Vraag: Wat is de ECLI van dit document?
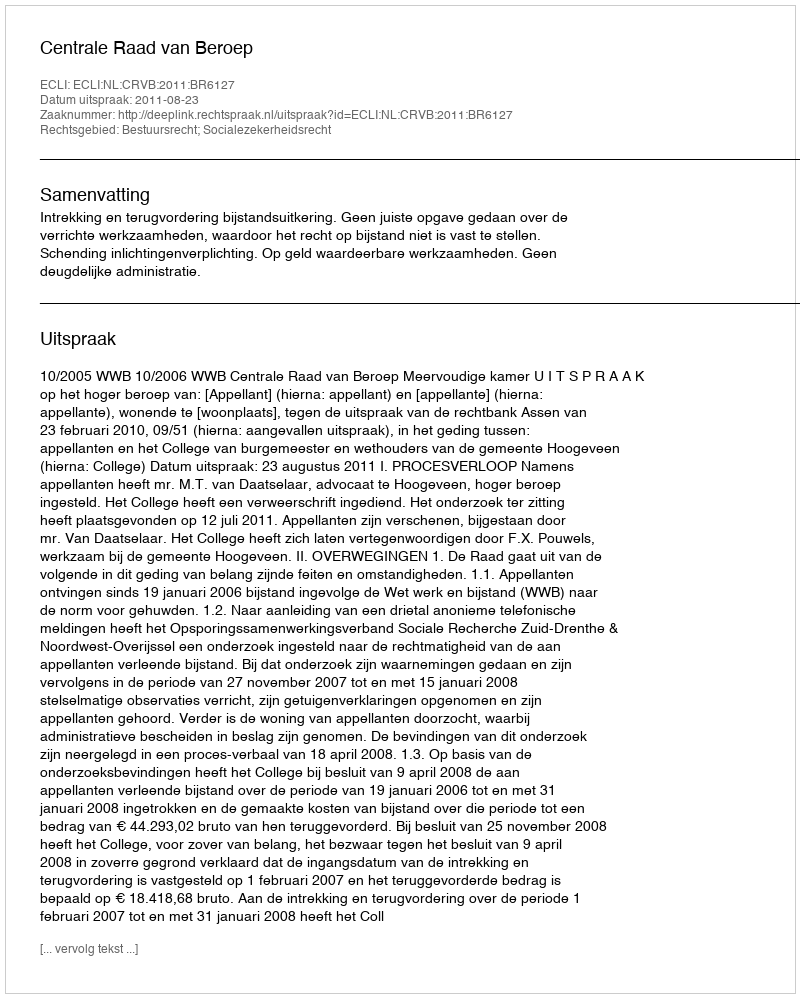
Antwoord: ECLI:NL:CRVB:2011:BR6127